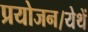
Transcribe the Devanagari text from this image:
प्रयोजन।येथें